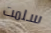
سلمت